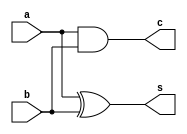
`timescale 1ns / 1ps
//////////////////////////////////////////////////////////////////////////////////
// Company: 
// Engineer: 
// 
// Design Name: 
// Module Name:    Half_Adder 
// Project Name: 
// Target Devices: 
// Tool versions: 
// Description: 
//
// Dependencies: 
//
// Revision: 
// Revision 0.01 - File Created
// Additional Comments: 
//
//////////////////////////////////////////////////////////////////////////////////
module HalfAdder(s , c, a , b);
	input a , b;
	output s , c;
	// Sum = a^b
	// Carry-out = a&b
	xor g1(s , a , b);
	and g2(c , a , b);

endmodule